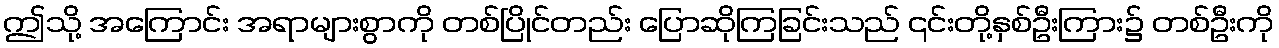
ဤသို့ အကြောင်း အရာများစွာကို တစ်ပြိုင်တည်း ပြောဆိုကြခြင်းသည် ၎င်းတို့နှစ်ဦးကြား၌ တစ်ဦးကို